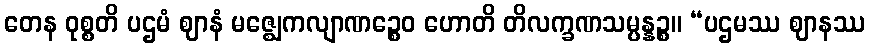
တေန ဝုစ္စတိ ပဌမံ ဈာနံ မဇ္ဈေကလျာဏဉ္စေဝ ဟောတိ တိလက္ခဏသမ္ပန္နဉ္စ။ “ပဌမဿ ဈာနဿ